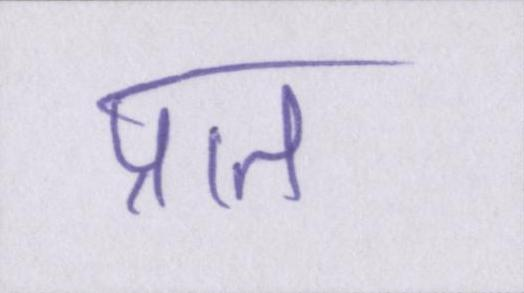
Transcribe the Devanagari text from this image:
प्रात